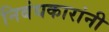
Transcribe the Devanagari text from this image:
निबंधकारांनी